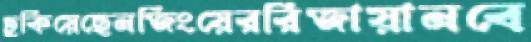
ঢুকিয়েছেনজিংয়েররিজায়ানবে